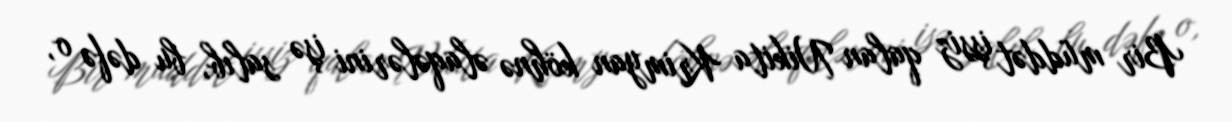
Bir müddət işsiz qalan Nikita Krimyan köhnə əlaqələrini işə salıb, bu dəfə o,